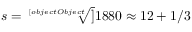
s = { \sqrt [ [object Object] ] { 1 8 8 0 } } \approx 1 2 + 1 / 3